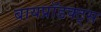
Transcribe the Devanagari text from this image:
बायप्रॉडक्ट्स